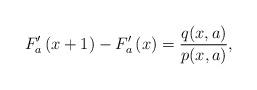
LaTeX: \begin{align*}F_{a}^{\prime }\left( x+1\right) -F_{a}^{\prime }\left( x\right) =\frac{q(x,a)}{p(x,a)}, \end{align*}